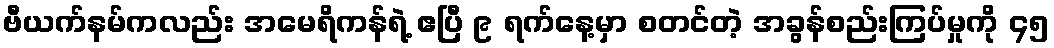
ဗီယက်နမ်ကလည်း အမေရိကန်ရဲ့ ဧပြီ ၉ ရက်နေ့မှာ စတင်တဲ့ အခွန်စည်းကြပ်မှုကို ၄၅